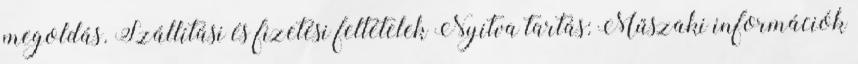
megoldás. Szállítási és fizetési feltételek Nyitva tartás: Műszaki információk